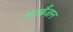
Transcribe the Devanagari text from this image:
अजर्बैजान